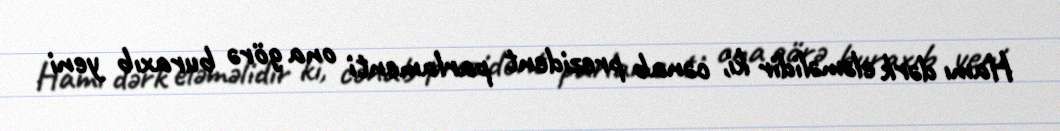
Hamı dərk eləməlidir ki, cənab prezident parlamenti ona görə buraxıb yeni